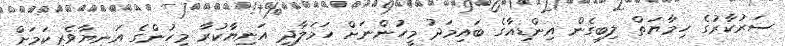
ސަރުކާރުގެ ހިމާޔަތް ލިބިގެން އިންޑިއާގެ ބައިމަދު މީހުންނަށް ހަމަލާދީ އަނިޔާކުރާ މީހުންގެ އަނިޔާވެރިކަމަށް